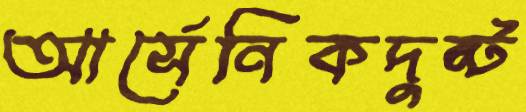
আর্সেনিকদুষ্ট